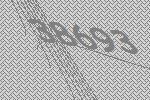
38693